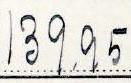
139.95